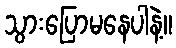
သွားပြောမနေပါနဲ့။